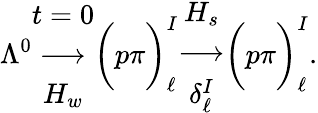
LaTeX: \Lambda^{0}\begin{array}{c}{{t=0}}\\ {{\longrightarrow}}\\ {{H_{w}}}\end{array}\bigg(p\pi\bigg)_{\ell}^{I}\begin{array}{c}{{H_{s}}}\\ {{\longrightarrow}}\\ {{\delta_{\ell}^{I}}}\end{array}\bigg(p\pi\bigg)_{\ell}^{I}.